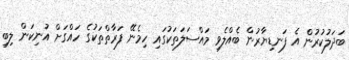
ބަދަލުކުރުން އެ ފަނޑިޔާރުން ބެއްލެވި މައްސަލަތަކުގައި ހިމެނޭ ފަރާތްތަކުގެ ހައްގަށް އުނިކަން ލިބި